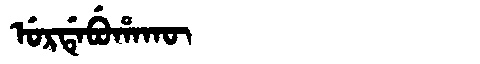
Manchu: ᡠᡵᡩᡝᠪᡠᡥᠠᡴᡡ
Romanization: URDEBUHAKŪ